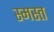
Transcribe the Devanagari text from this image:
स्मस्त